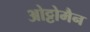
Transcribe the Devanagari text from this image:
ओट्टोमैन